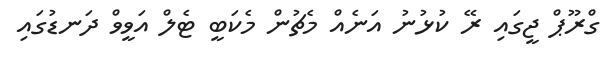
ގްރޫޕް ޖީގައި ރޭ ކުޅުނު އަނެއް މެޗުން މެކަބީ ޓެލް އަވީވް ދަނޑުގައި